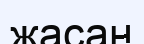
жасан